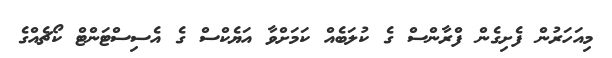
މިއަހަރުން ފެށިގެން ފްރާންސް ގެ ކުލަބެއް ކަމަށްވާ އަޔެކްސް ގެ އެސިސްޓަންޓް ކޯޗެއްގެ